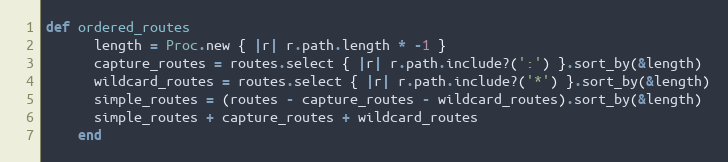
Language: Ruby
def ordered_routes
      length = Proc.new { |r| r.path.length * -1 }
      capture_routes = routes.select { |r| r.path.include?(':') }.sort_by(&length)
      wildcard_routes = routes.select { |r| r.path.include?('*') }.sort_by(&length)
      simple_routes = (routes - capture_routes - wildcard_routes).sort_by(&length)
      simple_routes + capture_routes + wildcard_routes
    end